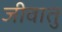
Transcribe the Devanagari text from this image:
जीवातु